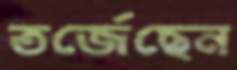
তর্জেছেন